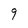
Character: 9